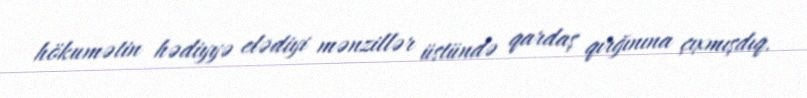
hökumətin hədiyyə elədiyi mənzillər üstündə qardaş qırğınına çıxmışdıq.